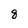
Character: q